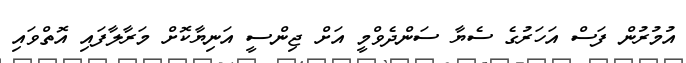
އުމުރުން ފަސް އަހަރުގެ ސެޔާ ސަންދެވްމީ އަށް ޖިންސީ އަނިޔާކޮށް މަރާލާފައި އޮތްވައި